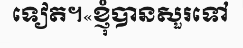
ទៀត។«ខ្ញុំបានសួរទៅ